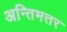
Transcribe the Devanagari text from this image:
अन्तिमत्तर